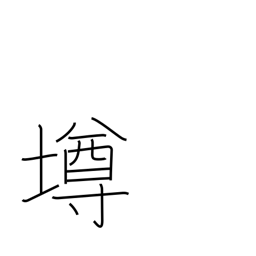
Meaning: cup